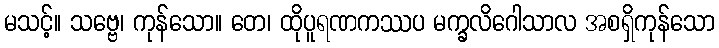
မသင့်။ သဗ္ဗေ၊ ကုန်သော။ တေ၊ ထိုပူရဏကဿပ မက္ခလိဂေါသာလ အစရှိကုန်သော